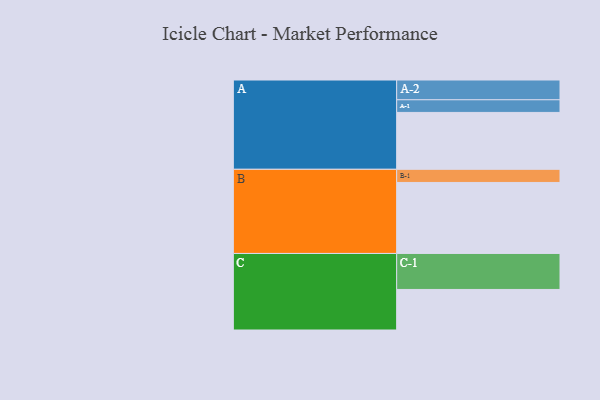
{"axis": {"x": "Segment", "y": "Value"}, "legend": ["", "A", "B", "C"], "data": [{"x": "A", "y": 463, "type": ""}, {"x": "B", "y": 578, "type": ""}, {"x": "C", "y": 330, "type": ""}, {"x": "A-1", "y": 103, "type": "A"}, {"x": "A-2", "y": 161, "type": "A"}, {"x": "B-1", "y": 107, "type": "B"}, {"x": "C-1", "y": 293, "type": "C"}]}